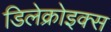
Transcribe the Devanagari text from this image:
डिलेक्रोइक्‍स